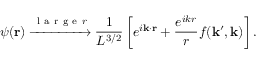
\psi ( \mathbf { r } ) \xrightarrow { \mathrm { ~ l ~ a ~ r ~ g ~ e ~ } r } \frac { 1 } { L ^ { 3 / 2 } } \left[ e ^ { i \mathbf { k } \cdot \mathbf { r } } + \frac { e ^ { i k r } } { r } f ( \mathbf { k } ^ { \prime } , \mathbf { k } ) \right] .